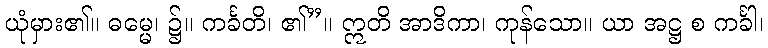
ယုံမှား၏။ ဓမ္မေ၊ ၌။ ကင်္ခတိ၊ ၏”။ ဣတိ အာဒိကာ၊ ကုန်သော။ ယာ အဋ္ဌ စ ကင်္ခါ၊